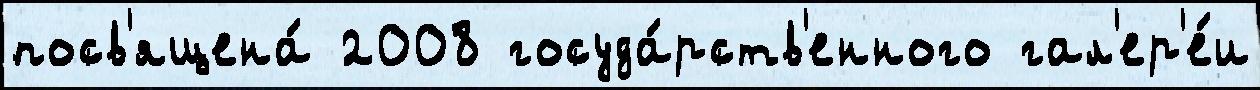
посв'ящена́ 2008 госуда́рств'енного гал'ер'е́и